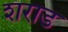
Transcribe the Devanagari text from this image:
शराड